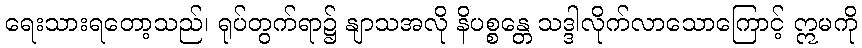
ရေးသားရတော့သည်၊ ရုပ်တွက်ရာ၌ နျာသအလို နိပစ္စန္တေ သဒ္ဒါလိုက်လာသောကြောင့် ဣမကို